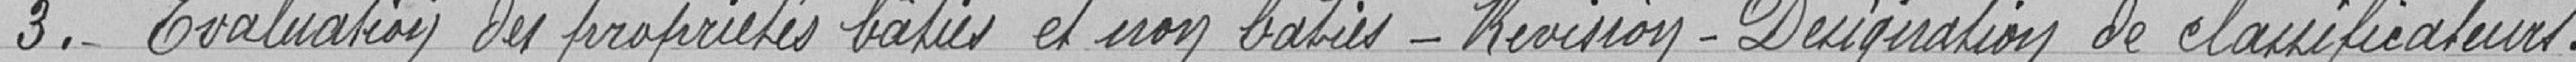
3.- Evaluation des propriétés et non bâties - Révision - Désignation du classificateur.